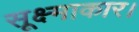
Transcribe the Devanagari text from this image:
सूक्ष्माकार।